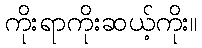
ကိုးရာကိုးဆယ့်ကိုး။